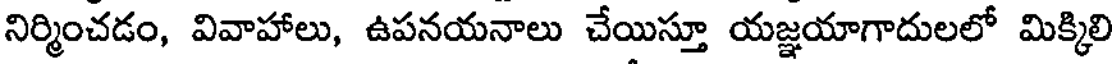
నిర్మించడం, వివాహాలు, ఉపనయనాలు చేయిస్తూ యజ్ఞయాగాదులలో మిక్కిలి